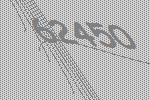
62450